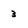
Character: 3